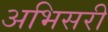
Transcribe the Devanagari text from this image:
अभिसरी